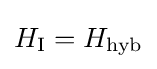
H_{\mathrm {I} }=H_{\mathrm {hyb} }